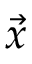
\vec { x }